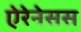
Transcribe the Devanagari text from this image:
ऐरेनेसस